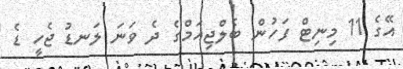
އޭގެ 11 މިނިޓް ފަހުން ބެލްޖިއަމްގެ ދެ ވަނަ ލަނޑު ޖެހީ ޑެ